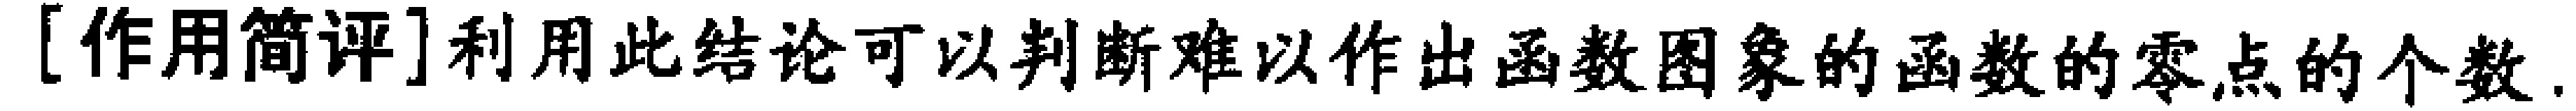
[作用简评]利用此结论可以判断难以作出函数图象的函数的零点的个数.